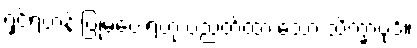
ရှင်ရဟန်းပြုမပေးရဟု ပညတ်ထားသော သိက္ခာပုဒ်။